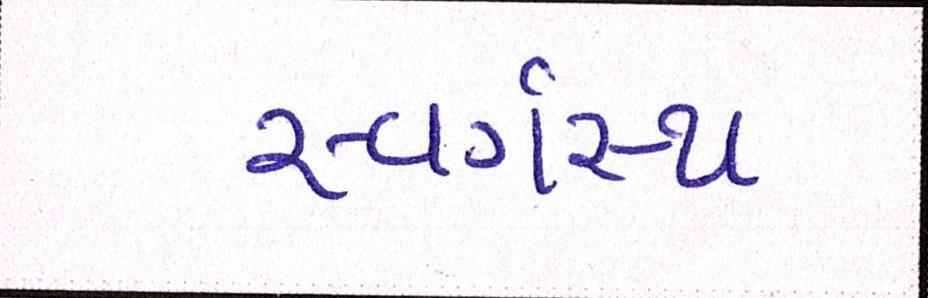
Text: સ્વર્ગસ્થ